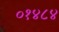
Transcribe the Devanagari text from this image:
०१४८४